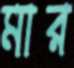
মার